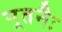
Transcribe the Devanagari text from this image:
नूतनैः